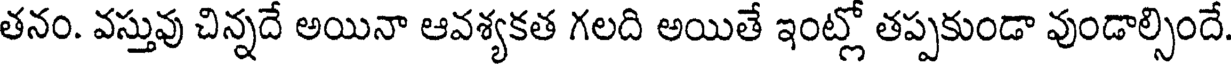
తనం. వస్తువు చిన్నదే అయినా ఆవశ్యకత గలది అయితే ఇంట్లో తప్పకుండా వుండాల్సిందే